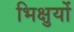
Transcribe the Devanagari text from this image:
भिक्षुयों